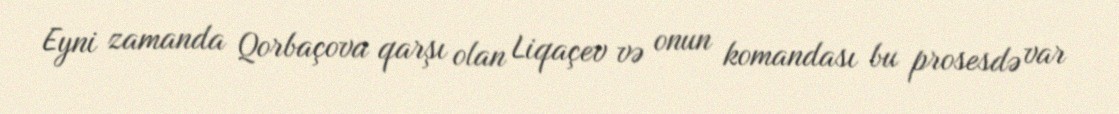
Eyni zamanda Qorbaçova qarşı olan Liqaçev və onun komandası bu prosesdə var